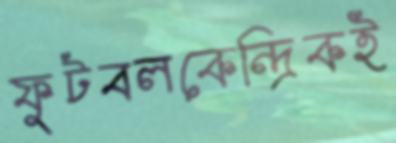
ফুটবলকেন্দ্রিকই